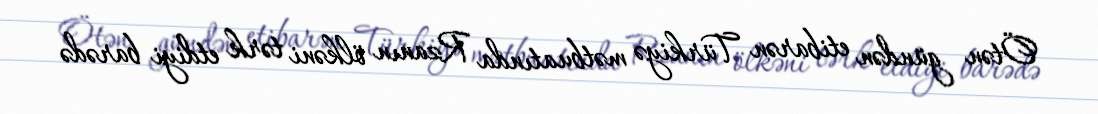
Ötən gündən etibarən Türkiyə mətbuatında Rzanın ölkəni tərk etdiyi barədə